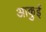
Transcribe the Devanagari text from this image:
आकुई